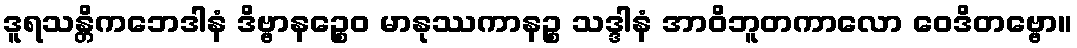
ဒူရသန္တိကဘေဒါနံ ဒိဗ္ဗာနဉ္စေဝ မာနုဿကာနဉ္စ သဒ္ဒါနံ အာဝိဘူတကာလော ဝေဒိတဗ္ဗော။